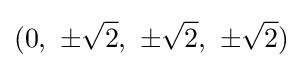
(0,\ \pm {\sqrt {2}},\ \pm {\sqrt {2}},\ \pm {\sqrt {2}})